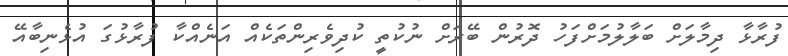
ފުރާޅާ ދިމާލަށް ބަލާލުމަށްފަހު ދޮރުން ބޭރަށް ނުކުތީ ކުދިވެރިންތަކެއް އަނެއްކާ ފުރާޅުގަ އުޅެނިބާއޭ